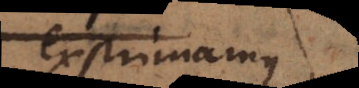
exprimamus